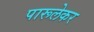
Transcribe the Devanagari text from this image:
पारूलेकर